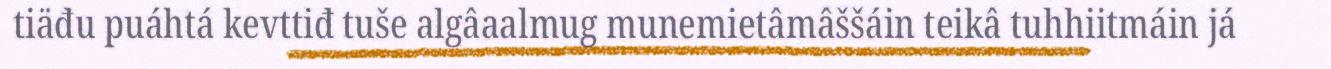
tiäđu puáhtá kevttiđ tuše algâaalmug munemietâmâššáin teikâ tuhhiitmáin já